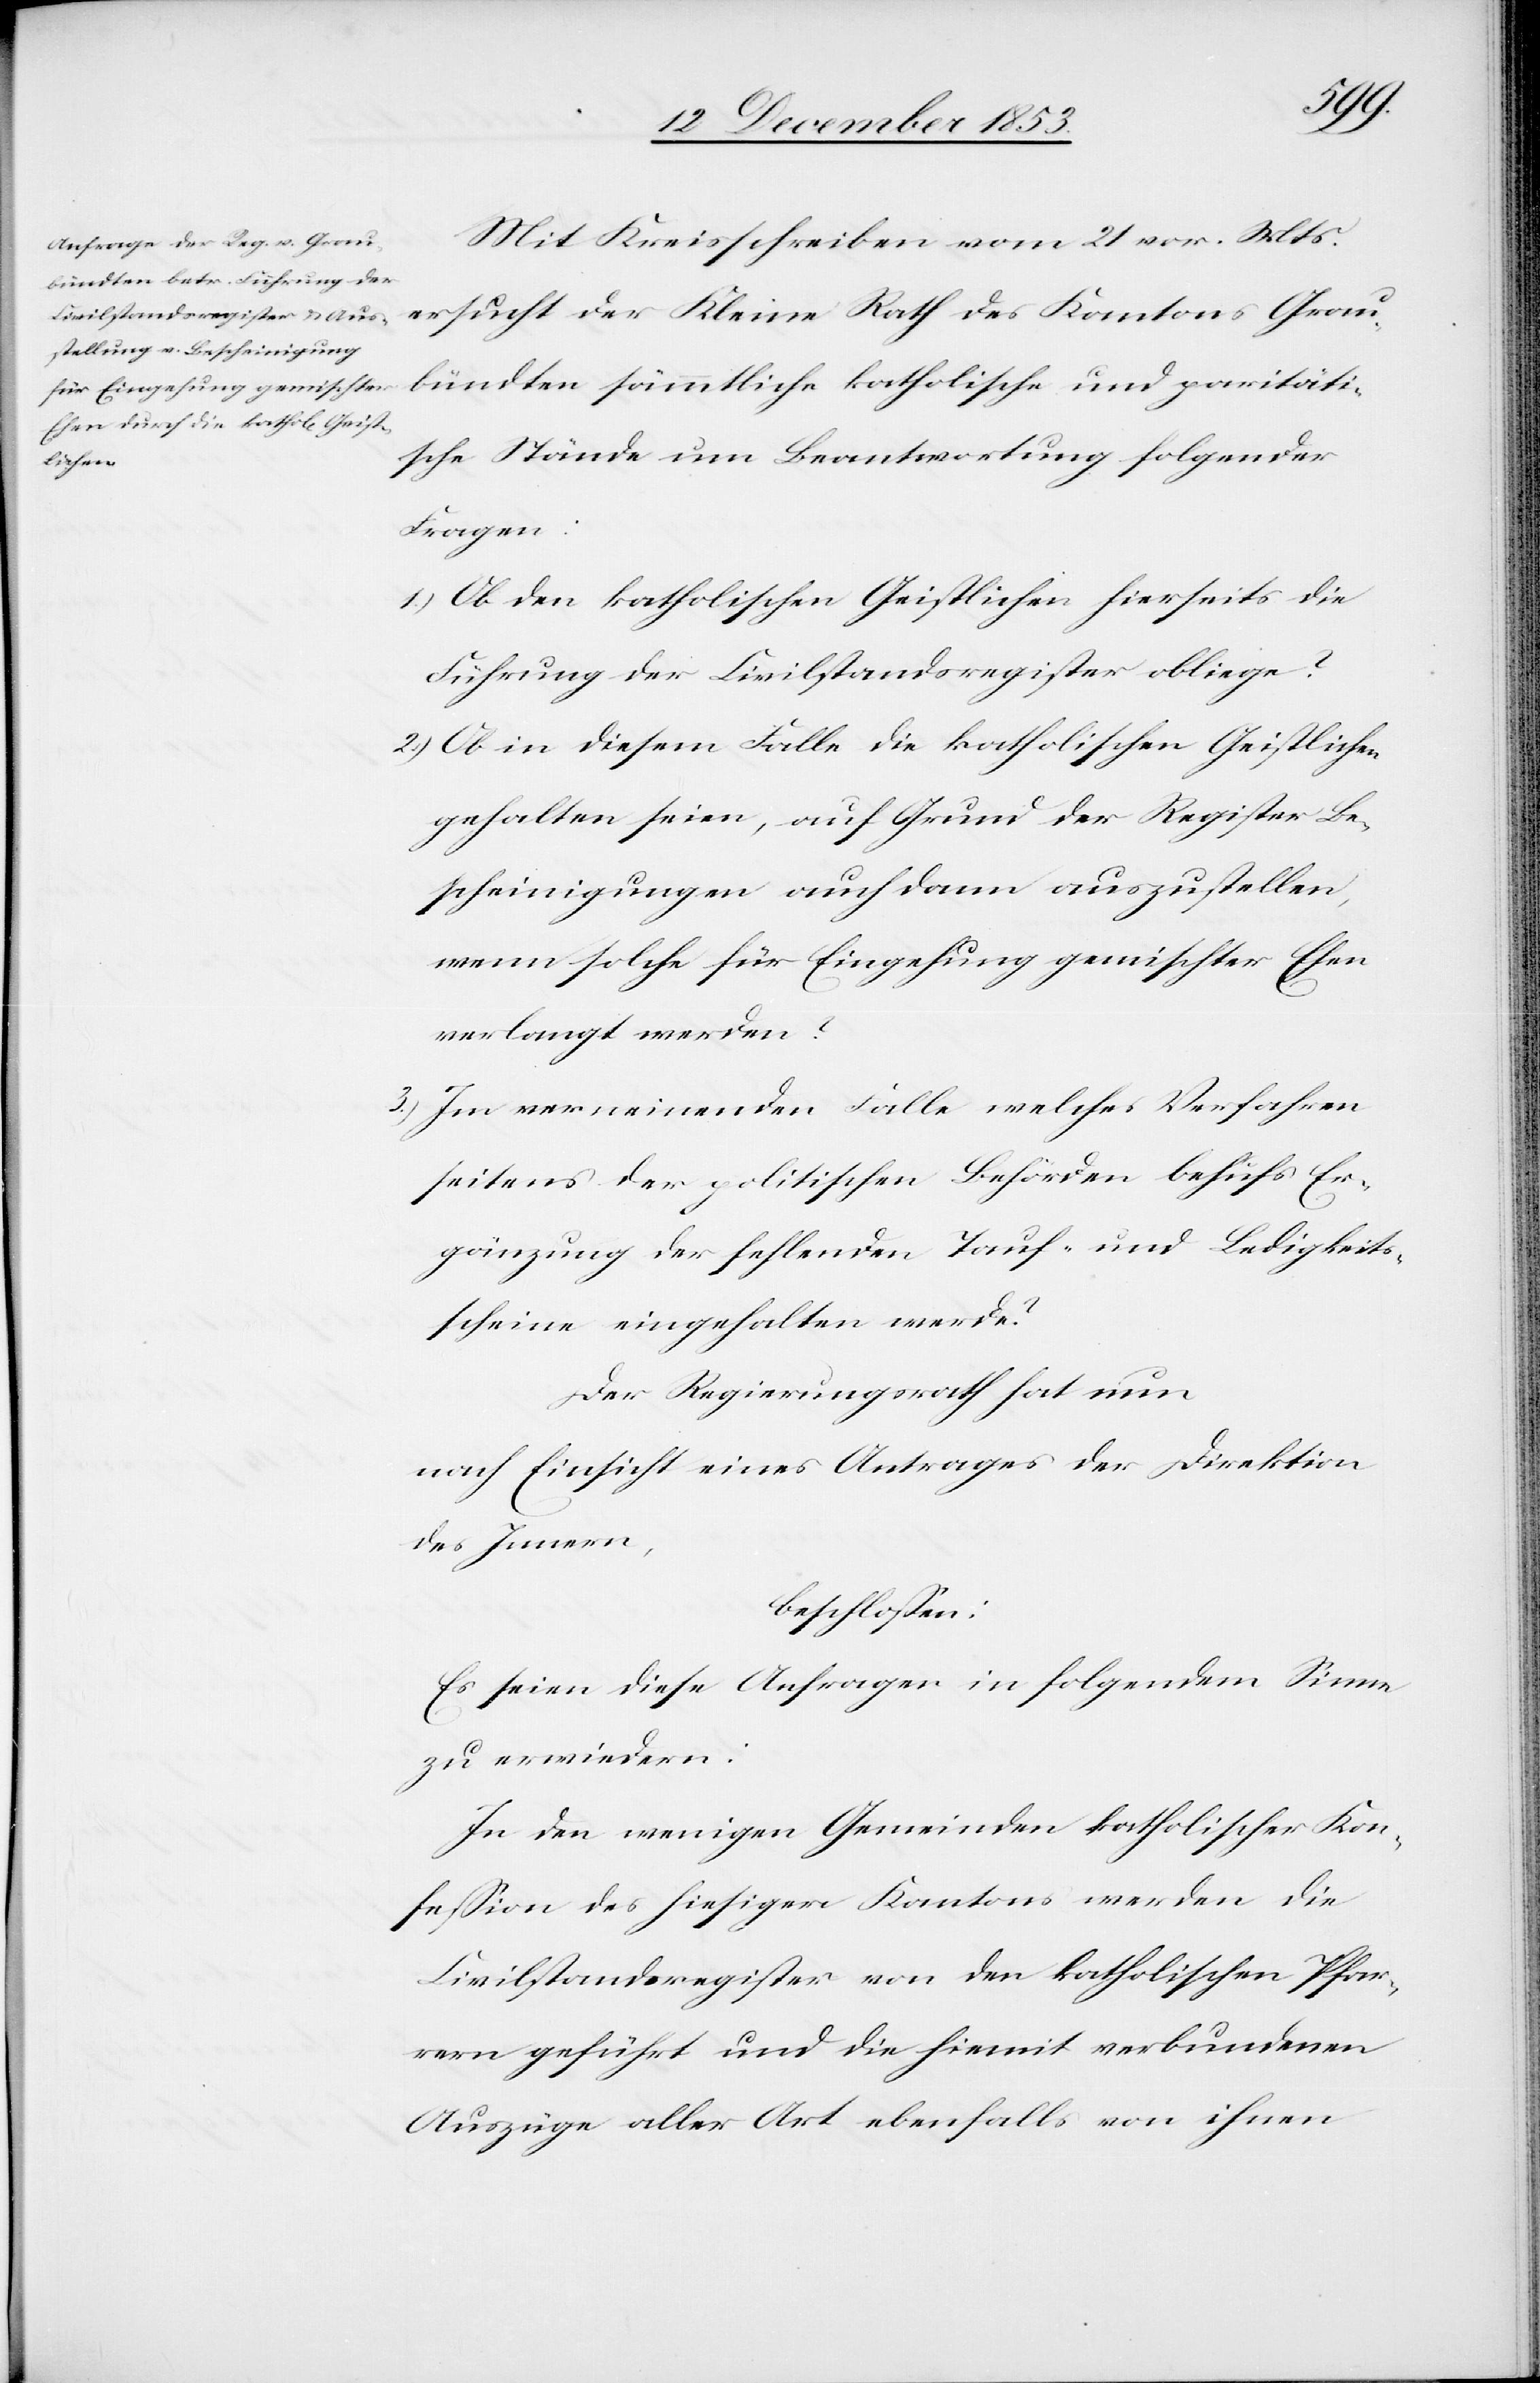
parität¬
Mit Kreisschreiben vom 21 vor. Mts.
ische Stände um Beantwortung folgender
lische und
Fragen:
1) Ob den katholischen Geistlichen hierseits die
Führung der Civilstandsregister obliege?
2) Ob in diesem Falle die katholischen Geistlichen
gehalten seien, auf Grund der Register Be¬
scheinigungen auch dann auszustellen,
wenn solche für Eingehung gemischter Ehen
verlangt werden?
3) Im verneinenden Falle welches Verfahren
seitens der politischen Behörden behufs Er¬
gänzung der fehlenden Tauf- und Ledigkeits¬
scheine eingehalten werde?
Der Regierungsrath hat nun
nach Einsicht eines Antrages der Direktion
des Innern,
beschloßen:
Es seien diese Anfragen in folgendem Sinne
zu erwiedern:
In den wenigen Gemeinden katholischer Kon¬
feßion des hiesigen Kantons werden die
Civilstandsregister von den katholischen Pfar¬
rern geführt und die hiemit verbundenen
Auszüge aller Art ebenfalls von ihnen